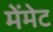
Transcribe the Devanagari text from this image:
मेंमेट